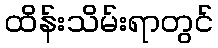
ထိန်းသိမ်းရာတွင်